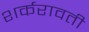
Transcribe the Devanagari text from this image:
शर्करावती